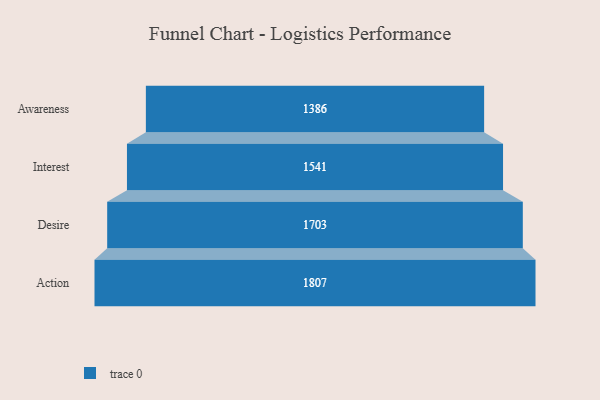
{"axis": {"x": "Stage", "y": "Value"}, "legend": [""], "data": [{"x": "Awareness", "y": 1386.0, "type": ""}, {"x": "Interest", "y": 1541.0, "type": ""}, {"x": "Desire", "y": 1703.0, "type": ""}, {"x": "Action", "y": 1807.0, "type": ""}]}